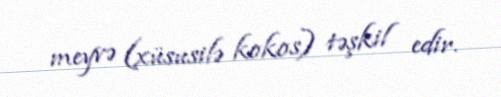
meyvə (xüsusilə kokos) təşkil edir.